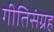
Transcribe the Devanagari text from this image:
गीतिसंग्रह